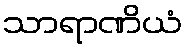
သာရာဏိယံ